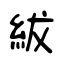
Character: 紱